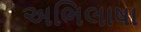
અભિલાષા